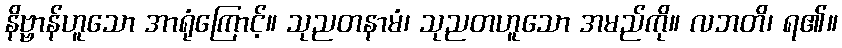
နိဗ္ဗာန်ဟူသော အာရုံကြောင့်။ သုညတနာမံ၊ သုညတဟူသော အမည်ကို။ လဘတိ၊ ရ၏။